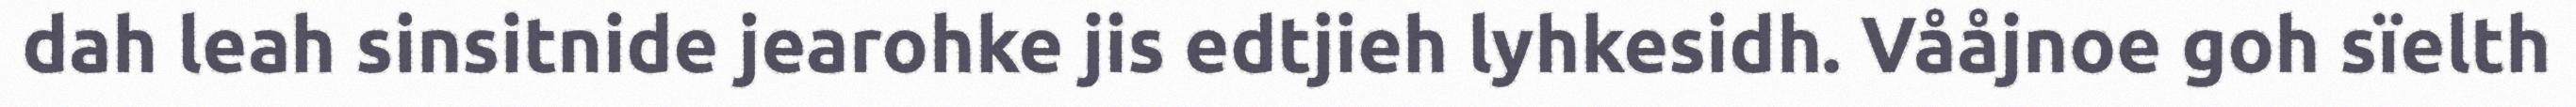
dah leah sinsitnide jearohke jis edtjieh lyhkesidh. Vååjnoe goh sïelth